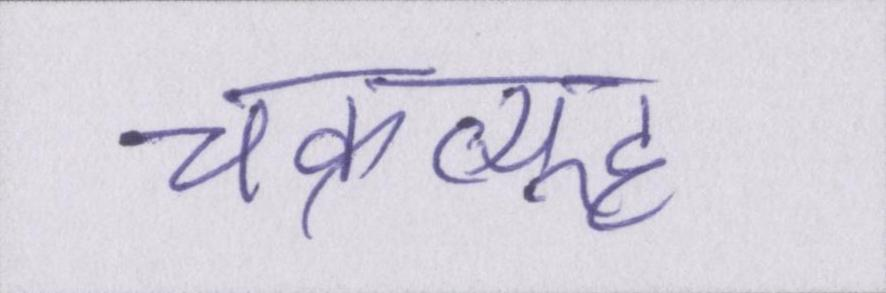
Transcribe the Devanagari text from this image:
चक्रव्यूह